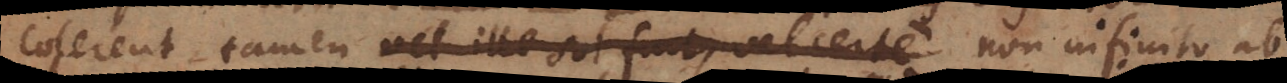
colerent, tamen vel ille sol fuit, vel certe non infinito ab